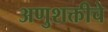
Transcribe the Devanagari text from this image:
अणुशक्तीचे